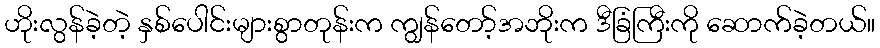
ဟိုးလွန်ခဲ့တဲ့ နှစ်ပေါင်းများစွာတုန်းက ကျွန်တော့်အဘိုးက ဒီခြံကြီးကို ဆောက်ခဲ့တယ်။